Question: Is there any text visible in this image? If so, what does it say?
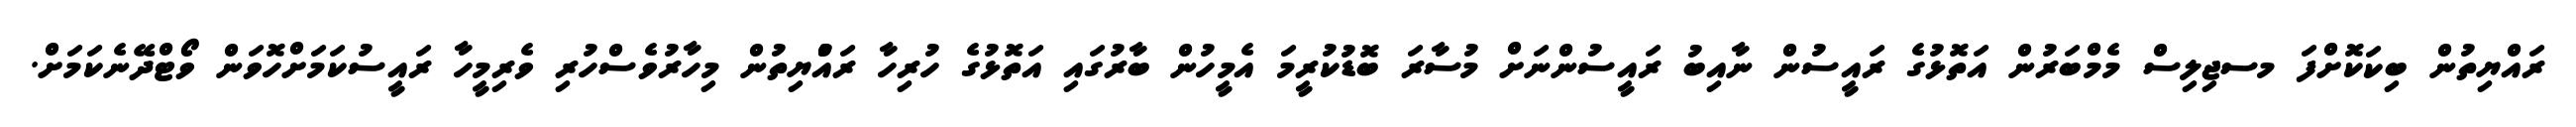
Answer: ރައްޔިތުން ބިކަކޮށްފަ މސޖިލިސް މެމްބަރުން އަތޮޅުގެ ރައީސުން ނާއިބު ރައީސުންނަށް މުސާރަ ބޮޑުކުރީމަ އެމީހުން ބާރުގައި އަތޮޅުގެ ހުރިހާ ރައްުޔިތުން މިހާރުވެސްހުރި ވެރިމީހާ ރައީސުކަމަށްހޮވަން ވޯޓްދޭނެކަމަށް.